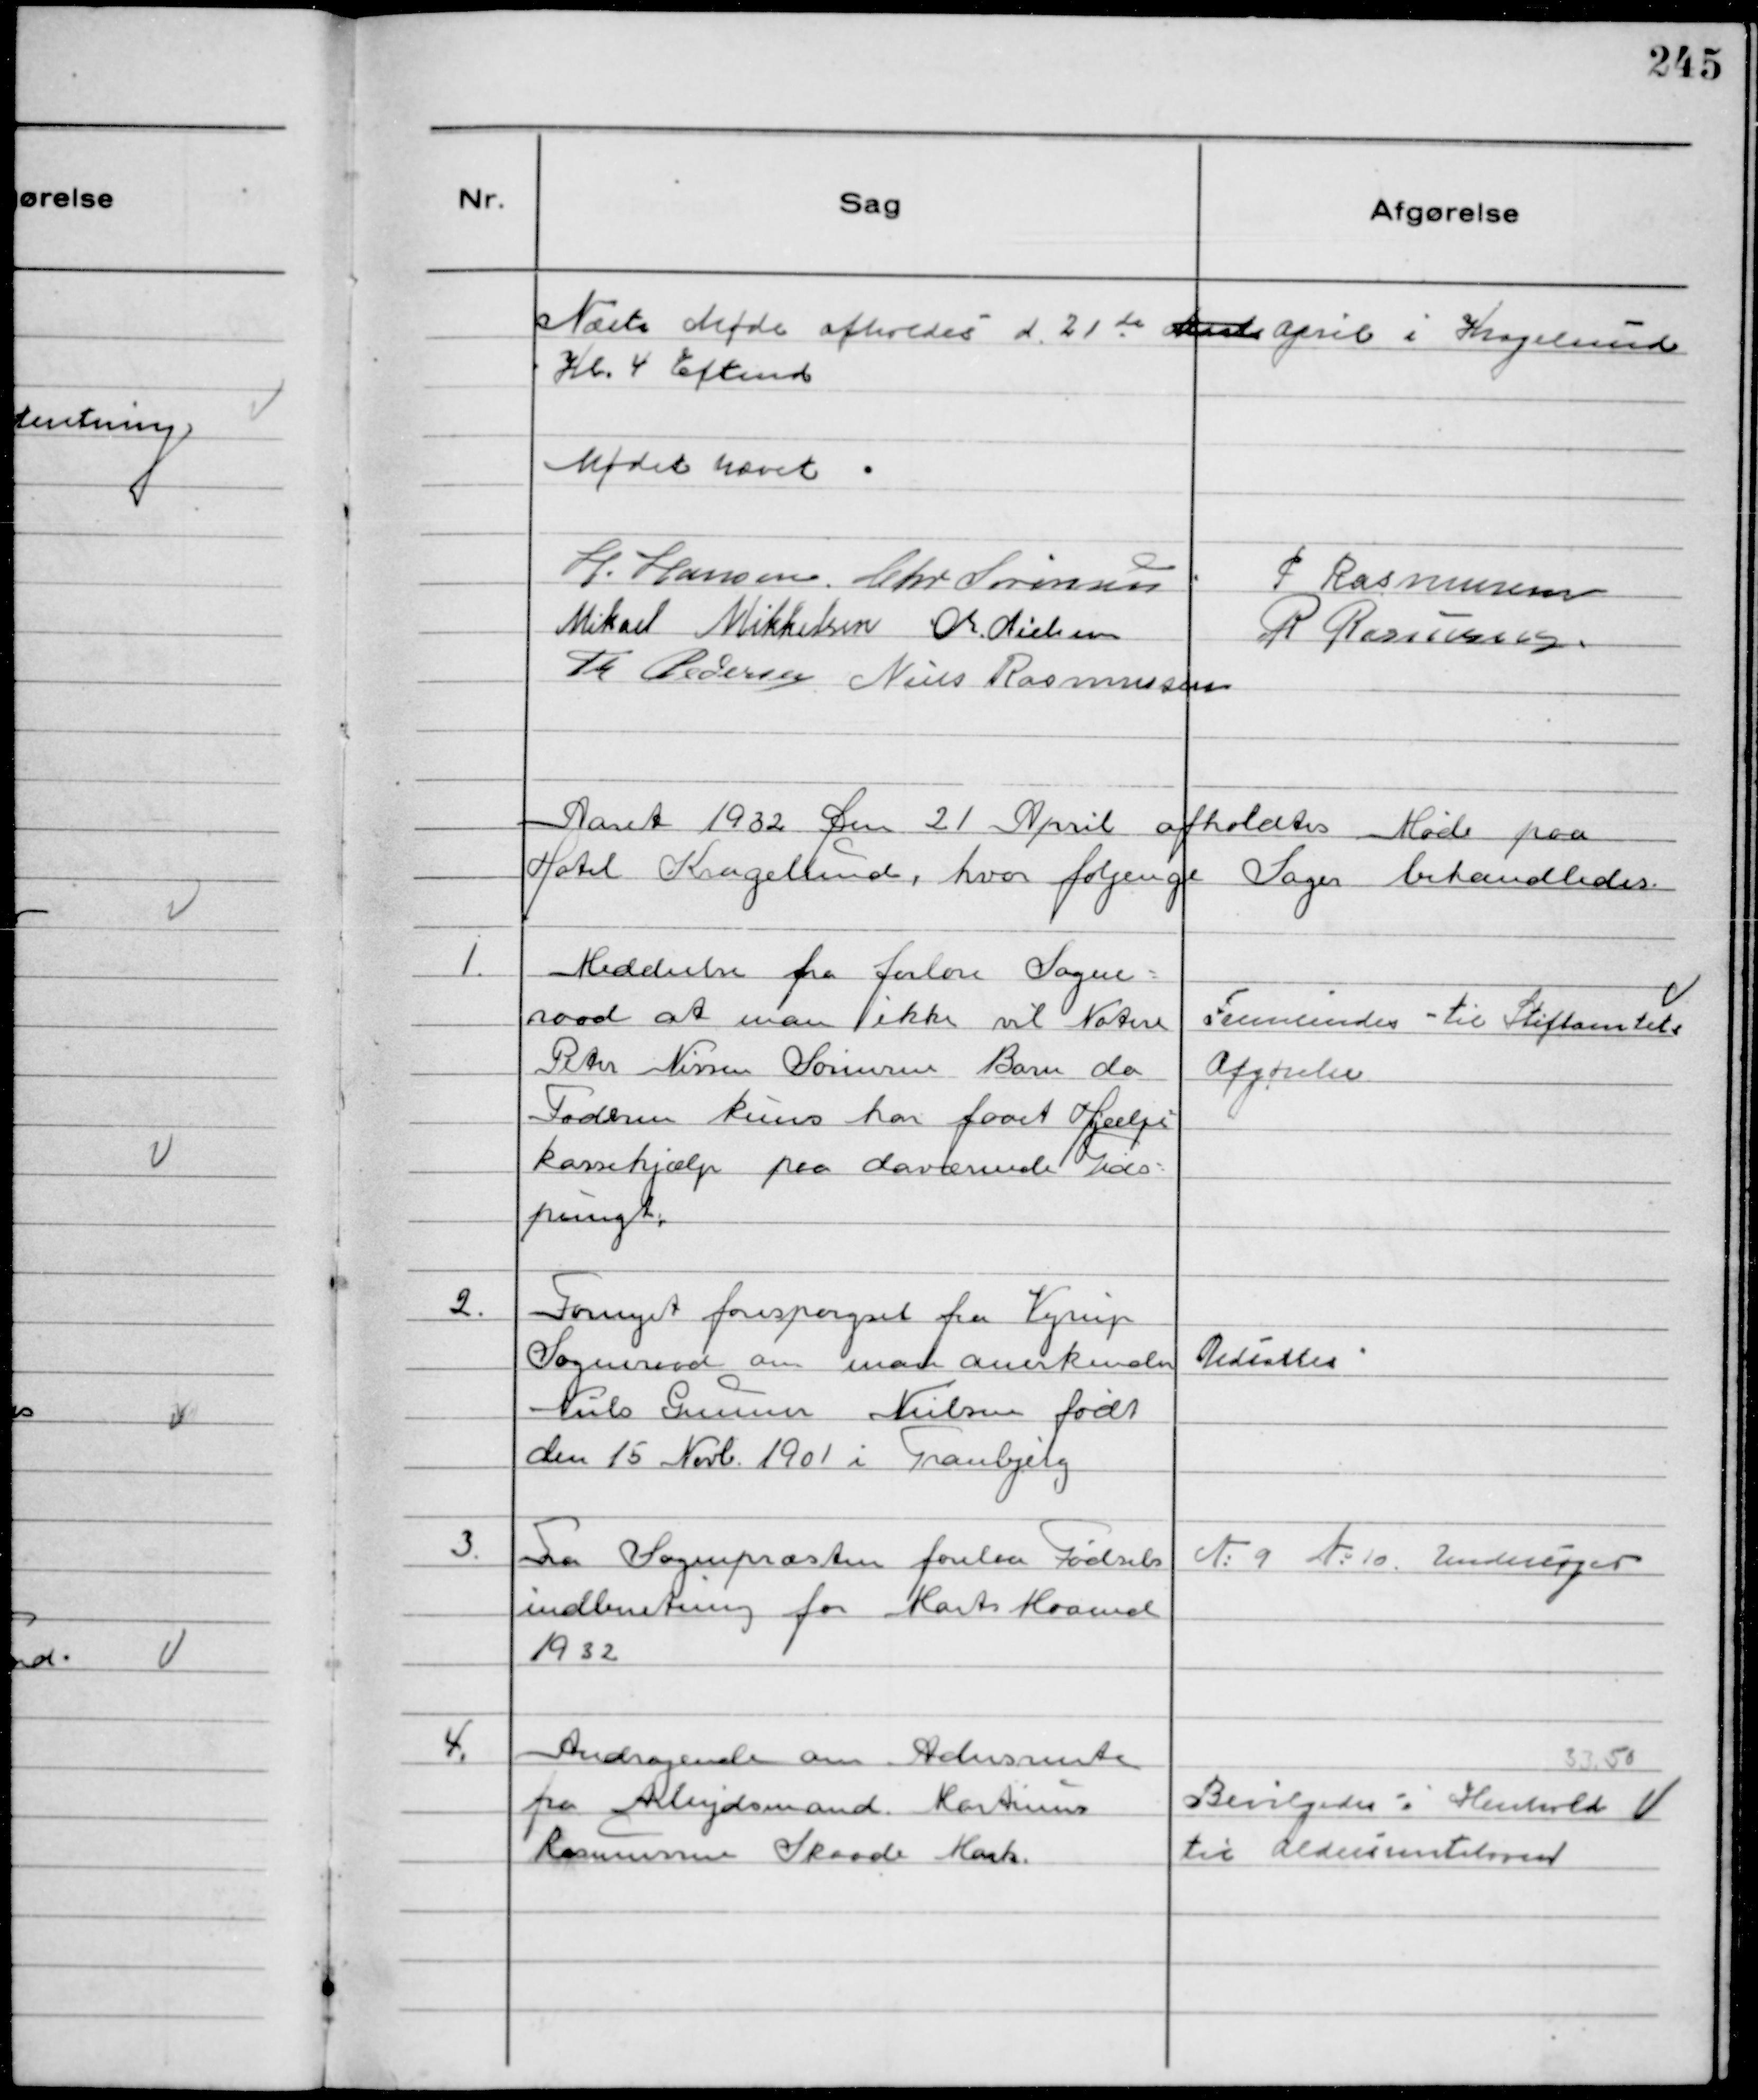
Transskription:
Næste Møde afholdes d. 21de Marts April i Kragelund
Kl. 4 Eftemd
Mødet hævet
H. Hansen. Chr Sørensen P Rasmussen
Mikael Mikkelsen Chr. Nielsen
R Rasmussen
Th Pedersen Niels Rasmussen

Aaret 1932 Den 21 April afholdtes Møde paa
Hotel Kragelumd, hvor følgende Sager behandledes.

1.
Meddeelse fra Jerlov Sogne-
raad at man ikke vil Notere
Peter Nissen Sørensen Barn da
Faderen kuns har faaet Hjælpe-
kassehjælp paa daværende Tids-
pungt.

Fremsendes til Stiftamtets
Afgørelse

2.
Fornyet forespørgsel fra Vejrup
Sogneraad om man anerkender
Niels Gunner Nielsen født
den 15 Novb. 1901 i Tranbjerg

Udsattes

3.
Fra Sognepræsten forelaa Fødsels
indberetning for Marts Maaned
1932

№9 №10. Undersøges

4.
Andragende om Aldersrente
fra Arbejdsmand Martinus
Rasmussen Skaade Mark.

33.50
Bevilgedes i Henhold
til Aldersrenteloven